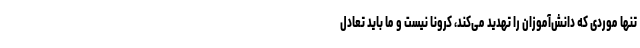
تنها موردى که دانش‌آموزان را تهدید می‌کند، کرونا نیست و ما باید تعادل